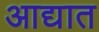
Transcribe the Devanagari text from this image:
आद्यात